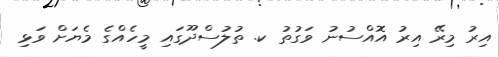
އިރު މިރޭ އިރު އޮއްސުނު ވަގުތު ކ. ތުލުސްދޫގައި މީހެއްގެ މެޔަށް ވަޅި